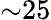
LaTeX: {\sim}25